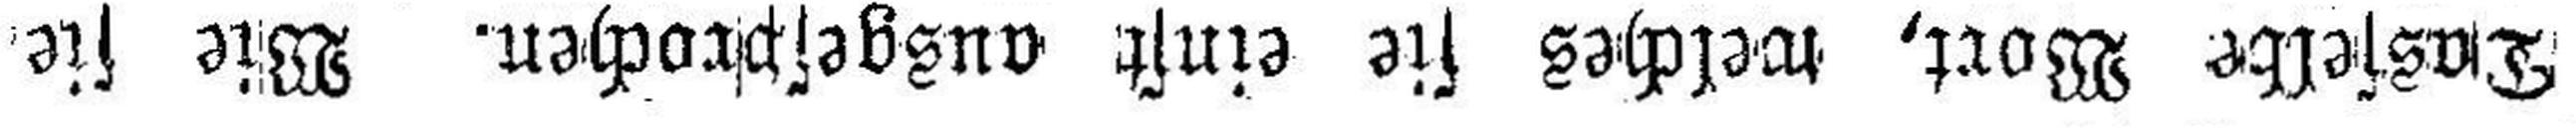
Dasselbe Wort, welches sie einst ausgesprochen. Wie sie